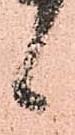
候